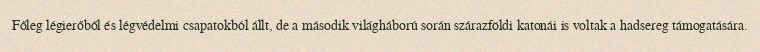
Főleg légierőből és légvédelmi csapatokból állt, de a második világháború során szárazföldi katonái is voltak a hadsereg támogatására.